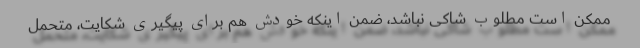
ممکن است مطلوب شاکی نباشد، ضمن اینکه خودش هم برای پیگیری شکایت، متحمل